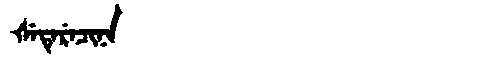
Manchu: ᡧᡝᡨᡝᡵᡝᠴᡳᠨᠠ
Romanization: ŠETERECINA